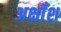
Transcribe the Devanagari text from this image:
अक्षाँश